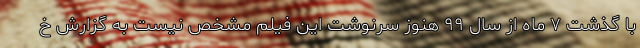
با گذشت ۷ ماه از سال ۹۹ هنوز سرنوشت این فیلم مشخص نیست به گزارش خ